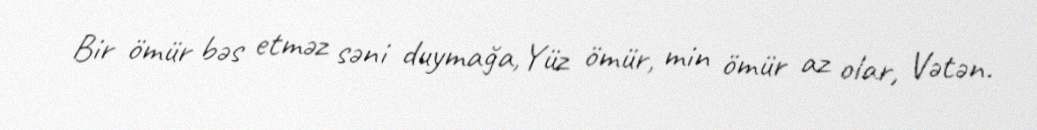
Bir ömür bəs etməz səni duymağa,Yüz ömür, min ömür az olar, Vətən.